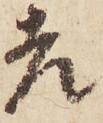
老